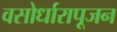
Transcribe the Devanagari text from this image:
वसोर्धारापूजन